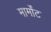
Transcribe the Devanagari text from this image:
मार्मोंट